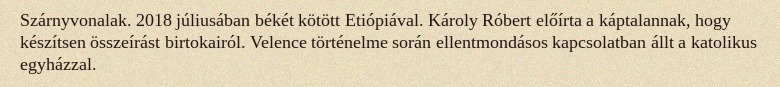
Szárnyvonalak. 2018 júliusában békét kötött Etiópiával. Károly Róbert előírta a káptalannak, hogy készítsen összeírást birtokairól. Velence történelme során ellentmondásos kapcsolatban állt a katolikus egyházzal.